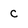
Character: c